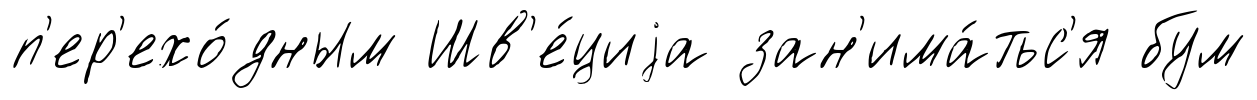
п'ер'ехо́дным Шв'е́циjа зан'има́тьс'я бум